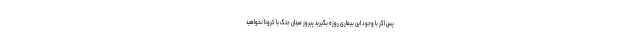
پس اگر با وجود این بیماری روزه بگیرید پیروز میدان جنگ با کرونا نخواهید